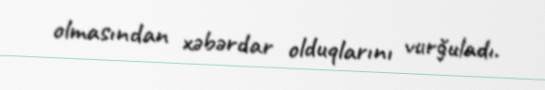
olmasından xəbərdar olduqlarını vurğuladı.